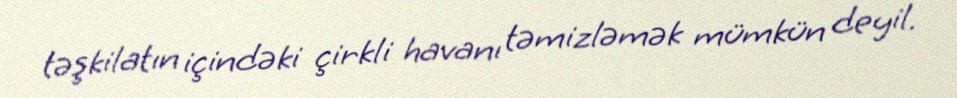
təşkilatın içindəki çirkli havanı təmizləmək mümkün deyil.